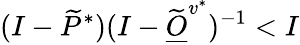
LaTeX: (I-\widetilde P^{*})(I-\widetilde{\underline{O}}^{v^{*}})^{-1}<I